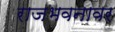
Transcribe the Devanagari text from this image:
राजभवनावर